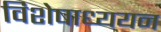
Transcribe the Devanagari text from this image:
विशेषाध्ययन